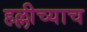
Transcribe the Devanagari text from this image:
हल्लीच्याच